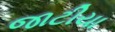
જાટીયા